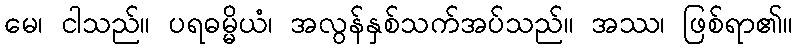
မေ၊ ငါသည်။ ပရဓမ္မိယံ၊ အလွန်နှစ်သက်အပ်သည်။ အဿ၊ ဖြစ်ရာ၏။